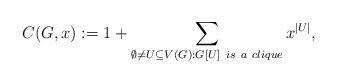
LaTeX: \begin{align*}C(G,x):= 1 + \sum_{\emptyset \neq U \subseteq V(G):G[U]~is~a~clique}x^{\vert U\vert}, \end{align*}